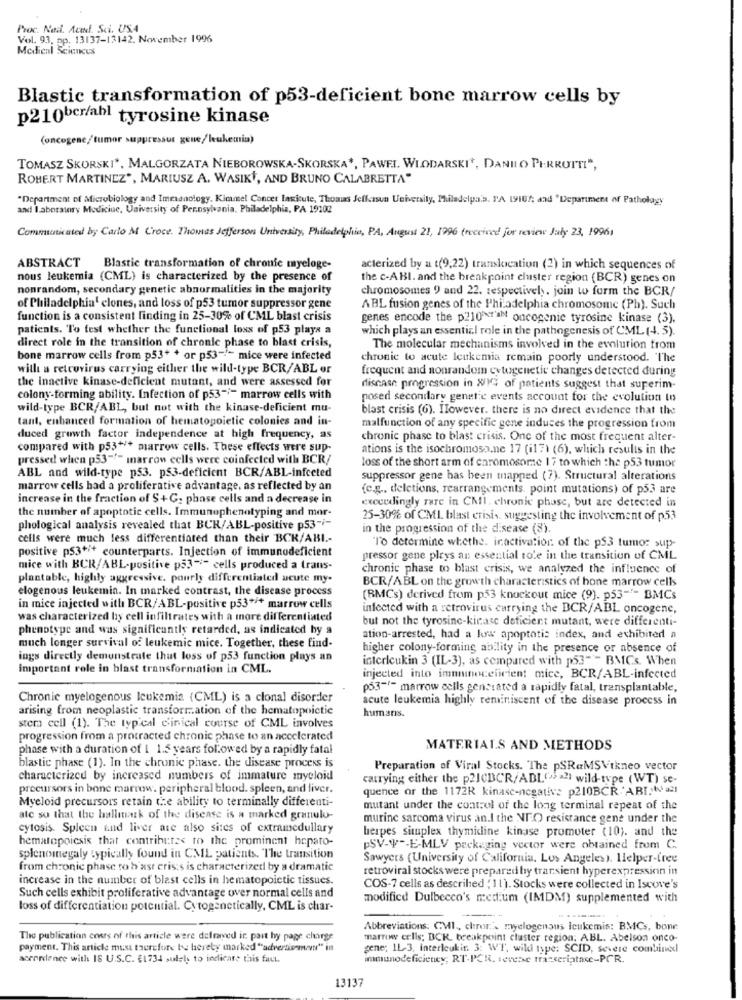
Proc. Nad. Acad. Sci. US.A
Vol. 93, pp. 13137-13142. November 1996
Medical Sciences
Blastic transformation of p53-deficient bone marrow cells by
p210ber/ahl tyrosine kinase
(oncogene/tumor suppressor gene/leukemia)
TOMASZ SKORSKI *, MALGORZATA NIEBOROWSKA-SKORSKA *, PAWEL. WLODARSKI *, DANILO PIRROTTI",
ROBERT MARTINEZ", MARIUSZ A. WASIKY, AND BRUNO CALABRETTA"
*Department of Microbiology and Imeanology. Kimmel Concet lasitute, Thoms Jelkasua University, Philadelpa's. Y'A 19107; and 'Department of Pathology
and laboratory Medicine, University of Pennsylvania. Philadelphia, PA 19102
Communicated by Carlo M Croce. Thomas Jefferson University, Philadelphia, PA, August 21, 1996 (received for review July 23, 19961
ABSTRACT
Blastic transformation of chronic myeloge-
acterized by a t(9,22) translocation (2) in which sequences of
nous leukemia (CML) is characterized by the presence of
the c-ABI. and the breakpoint cluster region (BCR) genes on
nonrandom, secondary genetic abnormalities in the majority
chromosomes 9 and 22. respectively. join to form the BCR/
of Philadelphia' clones, and loss of p53 tumor suppressor gene
ABL fusion genes of the Philadelphia chromosome (Ph). Such
function is a consistent finding in 25-30% of CML blast crisis
genes encode the p210xr'aM oncogenic tyrosine kinase (3).
patients. To test whether the functional loss of p53 plays a
which plays an essential role in the pathogenesis of CML (4. 5).
direct role in the transition of chronic phase to blast crisis,
The molecular mechanisms involved in the evolution from
bone marrow cells from p53+ + or p53 -*- mice were infected
chronic to acute leukemia remain poorly understood. The
will a retrovirus carrying either the wild-type BCR/ABL or
frequent and nonrandom cytogenetic changes detected during
the inactive kinase-deficient mutant, and were assessed for
disease progression in WIGG of patients suggest that superim-
colony-forming ability. Infection of p53" ;- marrow cells with
posed secondary genetic events account for the evolution to
wild-type BCR/ABL, but not with the kinase-deficient mu-
blast crisis (6). Ilowever. there is no direct evidence that the
tant, enhanced formation of hematopoietic colonies and in-
malfunction of any specific gene induces the progression from
duced growth factor independence at high frequency, as
chronic phase to blast crisis. One of the most frequent alter-
compared with p53+* marrow cells. These effects were sup-
ations is the isochromoso.ne 17 (i17) (6), which results in the
pressed when p53""" marrow cells were coinfected with BCR/
loss of the short arm of enromosome 17 to which the p53 tumor
ABL and wild-type p53. p53-deficient BCR/ABL-infected
suppressor gene has been mapped (7). Structural alterations
marrow cells had a proliferative advantage, as reflected by an
(e.g ., deletions, rearrangements, point mutations) of p53 are
increase in the fraction of $+G. phase cells and a decrease in
exceedingly rare in CMIl. chronic phase, but are detected in
the number of apoptotic cells. Immunophenotyping and mor-
25-30% of CMI blast crisis, suggesting the involvement of p53
phological analysis revealed that BCR/ABL-positive p53-i-
in the progression of the disease (8).
cells were much less differentiated than their BCK/ABI .-
"To determine whethe. inactivation of the ps3 tumor sup-
positive p53 *** counterparts. Injection of immunodeficient
pressor gene pleys an essential role in the transition of CML
mice with BCR/ABL-positive p53 -*- cells produced a trans-
chronic phase to blast crisis, we analyzed the influence of
plantable, highly aggressive, pourly differentiated acute my-
BCR/ABL on the growth characteristics of bone marrow cells
elogenous leukemia. In marked contrast, the disease process
(BMCs) derived from p53 knockout mice (9). p53 -*- BMCs
in mice injected with BCR/ABL-positive p53 *** marrow cells
infected with a retrovirus carrying the BCR/ABL oncogene,
was characterized by cell infiltrates with a more differentiated
but not the tyrosine-kinase deficient mutant, were differenti-
phenotype and was significantly retarded, as indicated by a
ation-arrested, had a low apoptotic index, and exhibited a
much longer survival of leukemic mice. Together, these find-
higher colony-forming ability in the presence or absence of
ings directly demonstrate that loss of p53 function plays an
interleukin 3 (IL-3), as compared with p53"'- BMCs. When
important role in blast transformation in CML.
injected into imninoceficient mice, BCR/ABL-infected
p53-"- marrow cells gencrated a rapidly fatal, transplantable,
Chronic myelogenous leukemia (CML) is a clonal disorder
acute leukemia highly reminiscent of the disease process in
arising from neoplastic transforr .. ation of the hematopoietic
humans.
stem cell (1). The typical clinical course of CML involves
progression from a protracted chronic phase to an accelerated
phase with a duration of 1 1.5 years followed by a rapidly fatal
MATERIALS AND METHODS
blastic phase (1). In the chronic phase. the disease process is
Preparation of Viral Stocks. The pSRaMSVtkneo vector
characterized by increased numbers of immature myeloid
carrying either the p21CBCR/ABL(>>>2) wild-type (WT) se-
precursors in bone marrow. peripheral blood. spleen, and liver.
quence or the 1172R kinasc-negative p210BCR 'ABI.(u =)
Myeloid precursors retain the ability to terminally differenti-
mutant under the control of the long terminal repeat of the
atc so that the hallmark of the disease is a marked granulo-
murine sarcoma virus an.I the NE.O resistance gene under the
cytosis. Spleen and liver ate also sites of extramedullary
herpes simplex thymidine kinase promoter (10). and the
hematopoiesis that contribute< to the prominent hepato-
PSV-V -- E-MLV packaging vector were obtained from C.
splenomegaly typically found in CML patients. The transition
Sawyers (University of California. Los Angeles). Helper-free
from chronic phase to b'asr crisis is characterized by a dramatic
retroviral stocks were prepared by transient hyperexpression in
increase in the number of blast cells in he matopoictic tissues.
COS-7 cells as described (11). Stocks were collected in Iscove's
Such cells exhibit proliferative advantage over normal cells and
modified Dulbecco's med:um (IMDM) supplemented with
loss of differentiation potential. Cytogenetically, CML is char-
Abbreviations: CMI, chron'. myelogenous Icukemis: BMCs, bone
The publication cours of this article were defmved it pait by page charge
marroww cells; BCK, breakpoint cluster region: ABL. Abelson onco-
payment. This article must therefore be hereby marked "advertismen" in
gene; 1L-3, interleukit. 3: WT, wildi type: SCID, severe combined
accordance with 18 U.S.C. €1734 sulely to indicare this faut.
immunodeficiency; RT-PCR. severe transcriptase-PCR.
13137